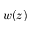
w ( z )